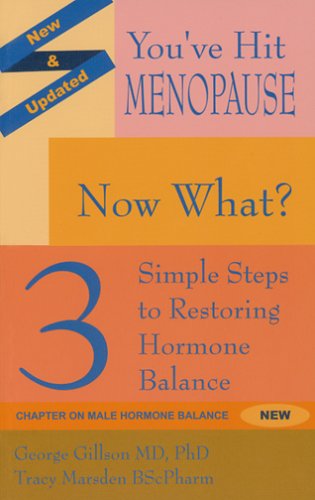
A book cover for You've Hit Menopause: Now What? Second Edition; George Gillson; Health, Fitness & Dieting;